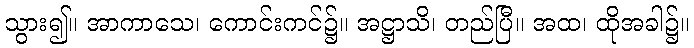
သွား၍။ အာကာသေ၊ ကောင်းကင်၌။ အဋ္ဌာသိ၊ တည်ပြီ။ အထ၊ ထိုအခါ၌။